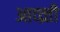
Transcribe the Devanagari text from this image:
आव्व्र्त्ती